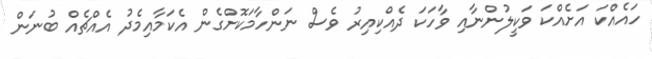
ހައެއްކަ އަށެއްކަ ވަކީލުންނާއި ވާހަކަ ދެއްކިއިރު ވެސް ނަންހާމަކޮށްގެން އެކަމާއިމެދު އެއްޗެއް ބުނަން